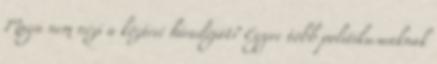
Maga nem nézi a köztévé híradóját? Egyre több politikusunknak